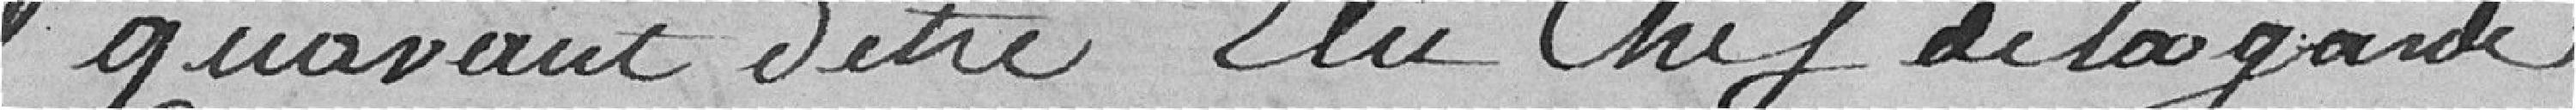
qu'avant d'être élu chef de la garde